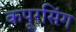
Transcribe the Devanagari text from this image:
कपूरसिंग